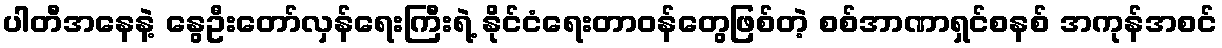
ပါတီအနေနဲ့ နွေဦးတော်လှန်ရေးကြီးရဲ့ နိုင်ငံရေးတာဝန်တွေဖြစ်တဲ့ စစ်အာဏာရှင်စနစ် အကုန်အစင်